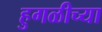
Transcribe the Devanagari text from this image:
हुगळीच्या